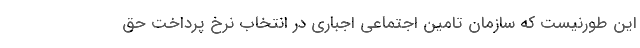
این طورنیست که سازمان تامین اجتماعی اجباری در انتخاب نرخ پرداخت حق